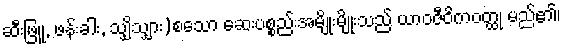
ဆီးဖြူ, ဖန်းခါး, သျှိသျှား)စသော ဆေးပစ္စည်းအမျိုးမျိုးသည် ယာဝဇီဝိကဝတ္ထု မည်၏၊